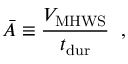
\ensuremath { \bar { A } } \equiv \frac { \ensuremath { V _ { \mathrm { M H W S } } } } { \ensuremath { t _ { \mathrm { d u r } } } } \; \; ,